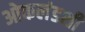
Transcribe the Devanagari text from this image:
ओकलंडशी